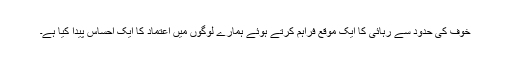
خوف کی حدود سے رہائی کا ایک موقع فراہم کرتے ہوئے ہمارے لوگوں میں اعتماد کا ایک احساس پیدا کیا ہے۔